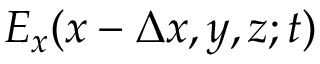
E _ { x } ( x - \Delta x , y , z ; t )